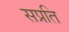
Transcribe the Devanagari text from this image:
सप्रति